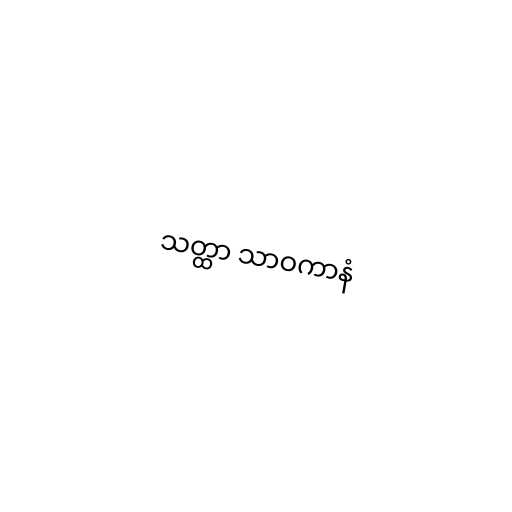
သတ္ထာ သာဝကာနံ